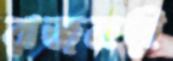
রাজবাড়ী